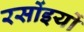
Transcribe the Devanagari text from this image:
रसोंइयों